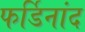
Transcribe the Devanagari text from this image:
फर्डिनांद